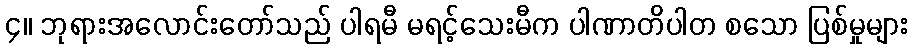
၄။ ဘုရားအလောင်းတော်သည် ပါရမီ မရင့်သေးမီက ပါဏာတိပါတ စသော ပြစ်မှုများ